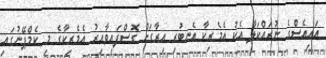
އައިއެސްގެ ނުރައްކަލާ އެކު އެމެރިކާ އެނބުރި އިރާގަށް ގޮސްފައިވާއިރު އެމެރިކާގެ މި ކެމްޕޭނުގައި